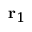
\mathbf { r } _ { 1 }